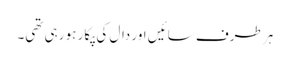
ہر طرف سائیں اور دال کی پکار ہو رہی تھی۔